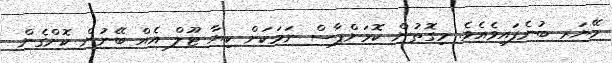
މޭޔަރ ބުނެފައިވެއެވެ. މިގޮތުން ކޮމަންޕާސް ނަމަކަށް ކިޔާ ޓޫލް އެއް ބޭނުން ކޮށްގެން